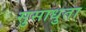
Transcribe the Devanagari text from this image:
सुसाधुता